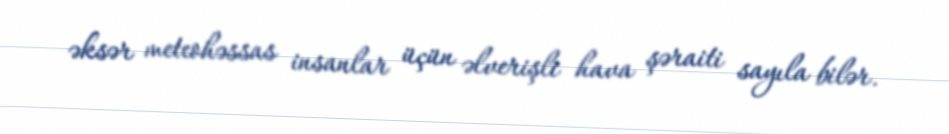
əksər meteohəssas insanlar üçün əlverişli hava şəraiti sayıla bilər.